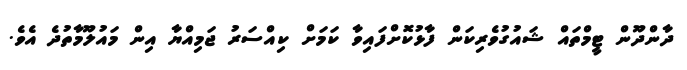
ދާންދޫން ޓީމްތައް ޝައުގުވެރިކަން ފާޅުކޮށްފައިވާ ކަމަށް ކިއްސަރު ޖަމިއްޔާ އިން މައުލޫމާތުދެ އެވެ.